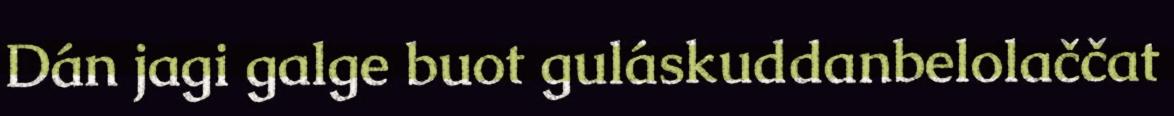
Dán jagi galge buot guláskuddanbelolaččat